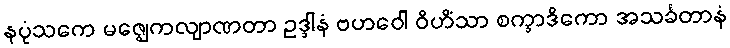
နပုံသကေ မဇ္ဈေကလျာဏတာ ဥဒ္ဒါနံ ဗဟဝေါ ဝိဟိံသာ စက္ခာဒိကော အသင်္ခတာနံ